King Institute of Preventive Medicine Bacteriolog. Section reports 1907-08
Year: 1907
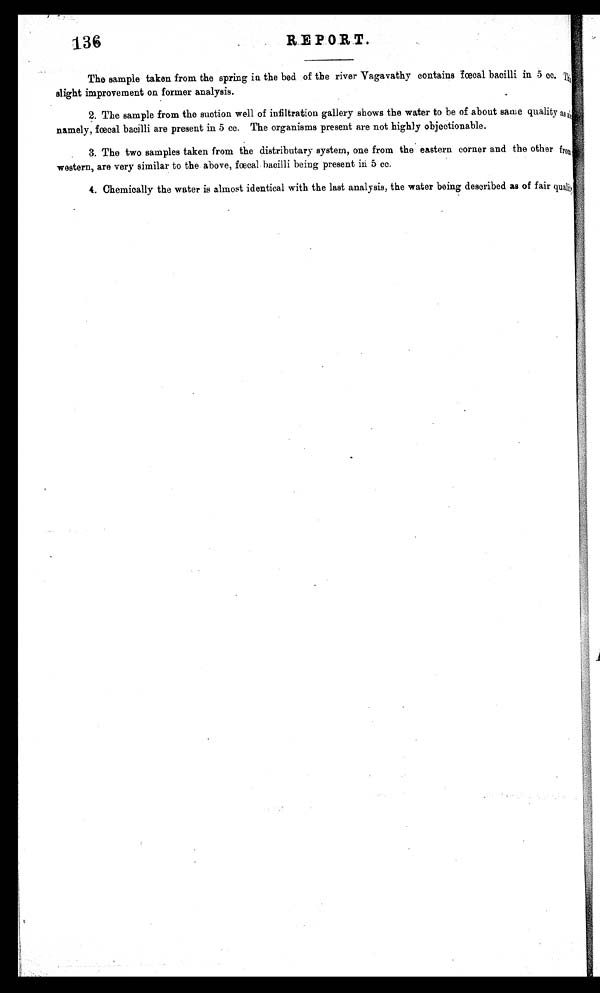
136
REPORT
The sample taken from the spring in the bed of the river Vagavathy contains fœcal bacilli in 5 ca.
slight improvement on former analysis.
2. The sample from the suction well of infiltration gallery shows the water to be of about same quality as at,
namely, fœcal bacilli are present in 5 cc. The organisms present are not highly objectionable.
3. The two samples taken from the distributary system, one from the eastern corner and the other from •
western, are very similar to the above, fœcal bacilli being present in 5 cc.
4. Chemically the water is almost identical with the last analysis, the water being described as of fair qualit.